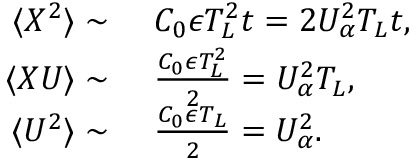
\begin{array} { r l } { \langle X ^ { 2 } \rangle \sim } & { \ C _ { 0 } \epsilon T _ { L } ^ { 2 } t = 2 U _ { \alpha } ^ { 2 } T _ { L } t , \phantom { \frac { 1 } { 1 } } } \\ { \langle X U \rangle \sim } & { \ \frac { C _ { 0 } \epsilon T _ { L } ^ { 2 } } { 2 } = U _ { \alpha } ^ { 2 } T _ { L } , } \\ { \langle U ^ { 2 } \rangle \sim } & { \ \frac { C _ { 0 } \epsilon T _ { L } } { 2 } = U _ { \alpha } ^ { 2 } . } \end{array}